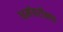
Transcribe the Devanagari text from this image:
धर्मपरीक्षण